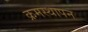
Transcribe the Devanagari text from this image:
क्रमस्थापन